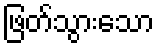
ဖြတ်သွားသော